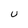
Character: U